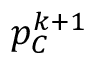
p _ { C } ^ { k + 1 }